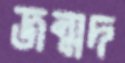
জন্মদ